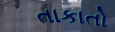
તાકાતો